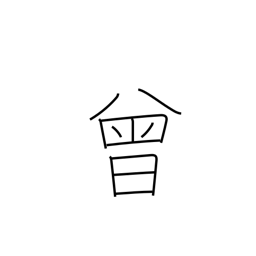
Meaning: once